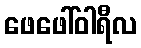
ဖေဖေါ်ဝါရီလ